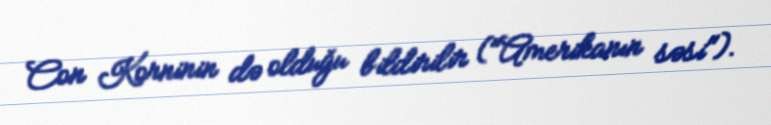
Con Korninin də olduğu bildirilir ("Amerikanın səsi").